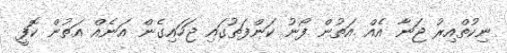
ނިކުތްއިރު ޖަނާ އެއް އަތުން ފޯނު ކަންފަތުގައި ޖަހައިގެން އަނެއް އަތުން ކޮފީ